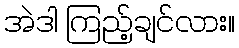
အဲဒါ ကြည့်ချင်လား။